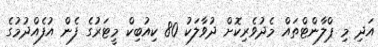
އަދި މި ޕްލާންޓްތައް މެދުވެރިކޮށް ދުވާލަކު 80 ކިއުބިކް މީޓަރުގެ ފެން އުފެއްދުމުގެ